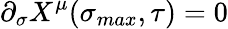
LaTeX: \partial_{\sigma}X^{\mu}(\sigma_{max},\tau)=0